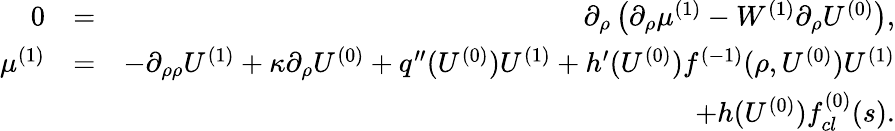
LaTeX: \begin{array}{rlr}{0}&{=}&{\partial_{\rho}\left(\partial_{\rho}\mu^{(1)}-W^{(1)}\partial_{\rho}U^{(0)}\right),}\\ {\mu^{(1)}}&{=}&{-\partial_{\rho\rho}U^{(1)}+\kappa\partial_{\rho}U^{(0)}+q^{\prime\prime}(U^{(0)})U^{(1)}+h^{\prime}(U^{(0)})f^{(-1)}(\rho,U^{(0)})U^{(1)}}\\ &{}&{+h(U^{(0)})f_{cl}^{(0)}(s).}\end{array}